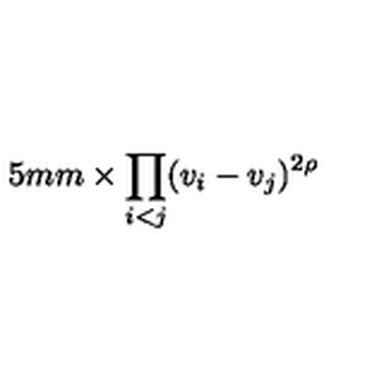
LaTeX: \hspace { 1 5 m m } \times \prod _ { i < j } ( v _ { i } - v _ { j } ) ^ { 2 \rho }